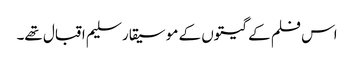
اس فلم کے گیتوں کے موسیقار سلیم اقبال تھے۔